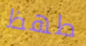
طھظ